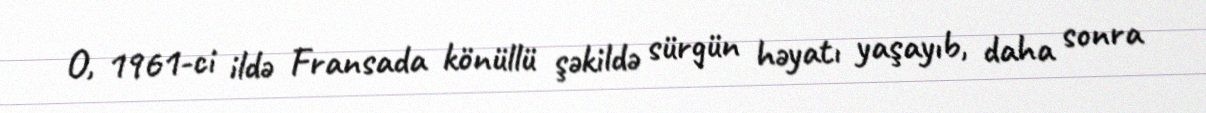
O, 1961-ci ildə Fransada könüllü şəkildə sürgün həyatı yaşayıb, daha sonra